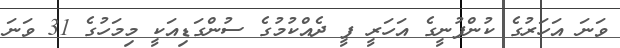
ވަނަ އަހަރުގެ ކުންފުނީގެ އަހަރީ ފީ ދެއްކުމުގެ ސުންގަޑިއަކީ މިމަހުގެ 31 ވަނަ